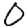
Digit: 0